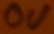
Text: 0V